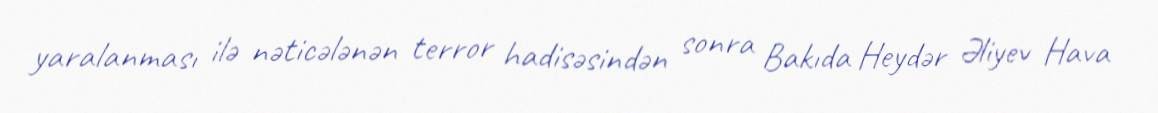
yaralanması ilə nəticələnən terror hadisəsindən sonra Bakıda Heydər Əliyev Hava